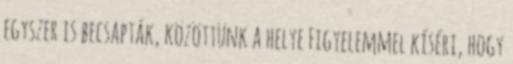
egyszer is becsapták, közöttünk a helye Figyelemmel kíséri, hogy